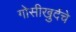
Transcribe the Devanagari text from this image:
गोसीखुर्दचे